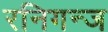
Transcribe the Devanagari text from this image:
रनिगन्ज